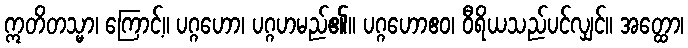
ဣတိတသ္မာ၊ ကြောင့်။ ပဂ္ဂဟော၊ ပဂ္ဂဟမည်၏။ ပဂ္ဂဟောဧဝ၊ ဝီရိယသည်ပင်လျှင်။ အတ္ထော၊